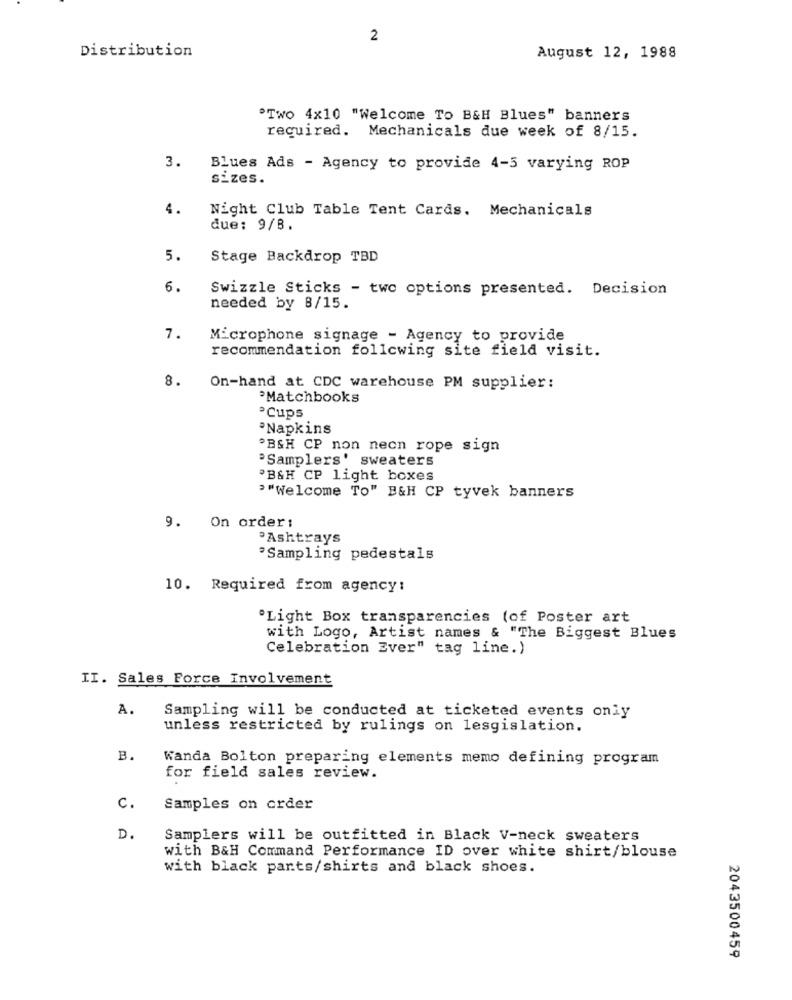
2
Distribution
August 12, 1988
"Two 4x10 "welcome To B&H Blues" banners
required. Mechanicals due week of 8/15.
3.
Blues Ads - Agency to provide 4-5 varying ROP
sizes.
4.
Night Club Table Tent Cards. Mechanicals
due: 9/B.
5.
Stage Backdrop TBD
6.
Swizzle Sticks - two options presented. Decision
needed by 8/15.
7.
Microphone signage - Agency to provide
recommendation following site field visit.
8.
On-hand at CDC warehouse PM supplier:
Matchbooks
2Cups
*Napkins
OBSH CP non necn rope sign
"Samplers' sweaters
PB&H CP Light boxes
""Welcome To" B&H CP tyvek banners
On order:
9.
Ashtrays
Sampling pedestals
10. Required from agency:
"Light Box transparencies (of Poster art
with Logo, Artist names & "The Biggest Blues
Celebration Ever" tag line.)
II. Sales Force Involvement
A.
Sampling will be conducted at ticketed events only
unless restricted by rulings on lesgislation.
B.
Wanda Bolton preparing elements memo defining program
for field sales review.
c.
Samples on order
D.
Samplers will be outfitted in Black V-neck sweaters
with B&H Command Performance ID over white shirt/blouse
with black pants/shirts and black shoes.
2043500459